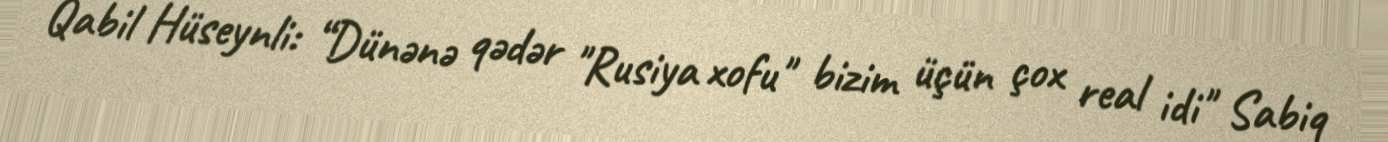
Qabil Hüseynli: “Dünənə qədər "Rusiya xofu" bizim üçün çox real idi" Sabiq